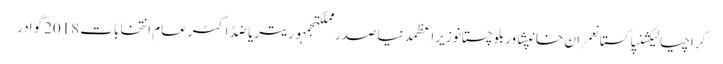
کراچیالیکشنپاکستانعمران خانپشاوربلوچستانوزیراعظمدنیاصدر مملکتجمہوریتریاضڈاکٹرعام انتخابات 2018گوادر